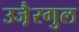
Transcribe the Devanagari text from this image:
उजै़रगुल